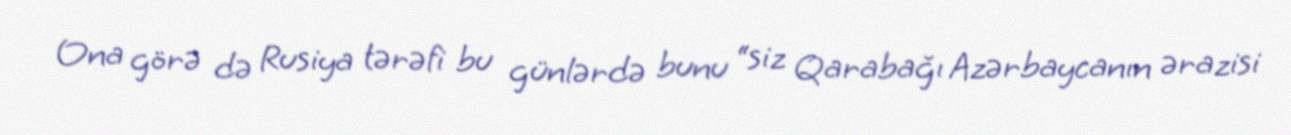
Ona görə də Rusiya tərəfi bu günlərdə bunu “siz Qarabağı Azərbaycanın ərazisi